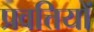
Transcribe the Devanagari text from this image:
प्रवत्तियों